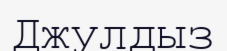
Джулдыз